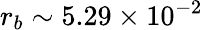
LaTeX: r_{b}\sim 5.29\times 10^{-2}